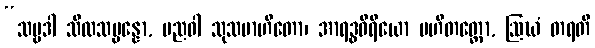
“သဗ္ဗဒါ သီလသမ္ပန္နော, ပညဝါ သုသမာဟိတော၊ အာရဒ္ဓဝီရိယော ပဟိတတ္တော, ဩဃံ တရတိ